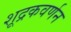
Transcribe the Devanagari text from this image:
शूद्रकवर्णन